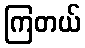
ကြတယ်